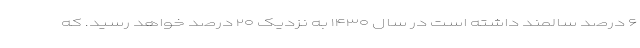
۶ درصد سالمند داشته است در سال ۱۴۳۰ به نزدیک ۲۰ درصد خواهد رسید. که